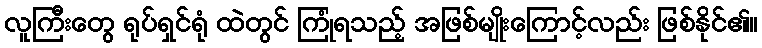
လူကြီးတွေ ရုပ်ရှင်ရုံ ထဲတွင် ကြုံရသည့် အဖြစ်မျိုးကြောင့်လည်း ဖြစ်နိုင်၏။